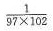
$$\frac{1}{9 7 \times 1 0 2}$$